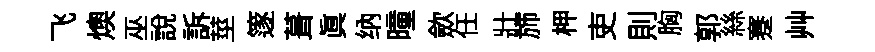
飞燠巫説訴莖篴葺真纳曈歛任壯斾柙吏則胸郭絲蹇艸